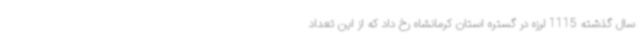
سال گذشته 1115 لرزه در گستره استان کرمانشاه رخ داد که از این تعداد